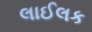
લાઈલક